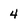
Character: 4